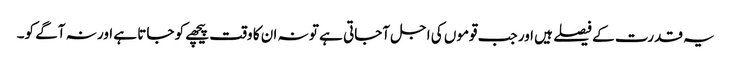
یہ قدرت کے فیصلے ہیں اور جب قوموں کی اجل آجاتی ہے تو نہ ان کا وقت پیچھے کو جاتا ہے اور نہ آگے کو۔